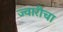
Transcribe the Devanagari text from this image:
ज्वारीचा